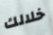
خلالك